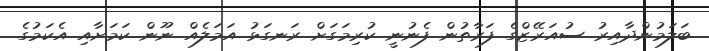
ބަލަމުންދާއިރު ސުއަރޭޒްގެ ފަރާތުން ފެނުނީ ކުރިމަގަށް ރަނގަޅު އަމަލެއް ނޫން ކަމަށާއި އެކަމުގެ